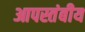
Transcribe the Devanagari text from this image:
आपस्तंबीय